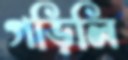
গড়িলি